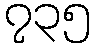
၇၃၅